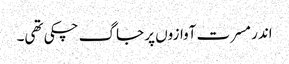
اندر مسرت آوازوں پر جاگ چکی تھی۔